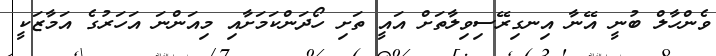
ވެންހާލް ބުނީ އޭނާ އިނގިރޭސިވިލާތަށް އައީ ތަށި ހޯދަންކަމަށާއި މިއަންނަ އަހަރުގެ އަމާޒަކީ